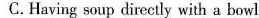
C.Having soup directly with a bowl